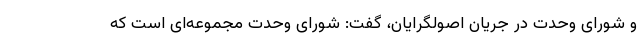
و شورای وحدت در جریان اصولگرایان، گفت: شورای وحدت مجموعه‌ای است که